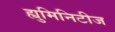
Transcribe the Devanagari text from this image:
ह्युमिनिटीज